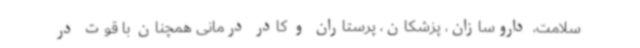
سلامت، داروسازان، پزشکان، پرستاران و کادر درمانی همچنان با قوت در